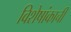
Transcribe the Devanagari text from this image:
विशेषांकाची